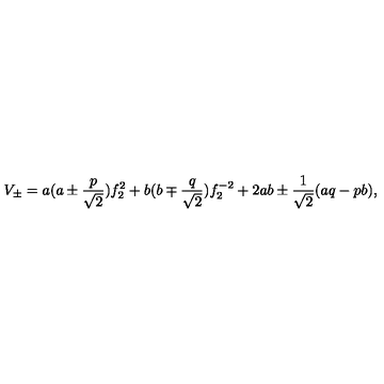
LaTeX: V _ { \pm } = a ( a \pm \frac { p } { \sqrt { 2 } } ) f _ { 2 } ^ { 2 } + b ( b \mp \frac { q } { \sqrt { 2 } } ) f _ { 2 } ^ { - 2 } + 2 a b \pm \frac { 1 } { \sqrt { 2 } } ( a q - p b ) ,